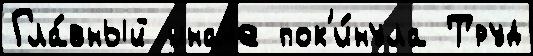
Гла́вный иначе пок'и́нула Труд